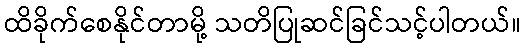
ထိခိုက်စေနိုင်တာမို့ သတိပြုဆင်ခြင်သင့်ပါတယ်။